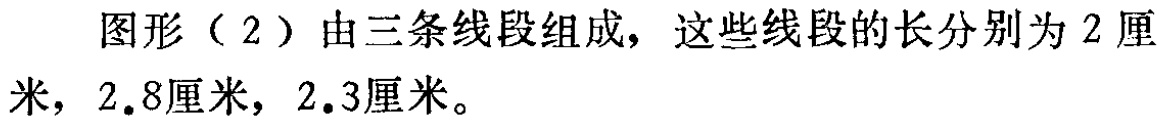
图形（2）由三条线段组成，这些线段的长分别为2厘米，2.8厘米，2.3厘米。